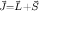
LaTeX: \scriptstyle { \vec { J } } = { \vec { L } } + { \vec { S } }